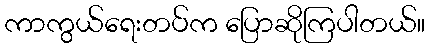
ကာကွယ်ရေးတပ်က ပြောဆိုကြပါတယ်။